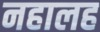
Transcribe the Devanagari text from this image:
नहालह